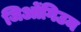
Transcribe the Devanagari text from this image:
जिओंगिउम